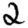
Digit: 2